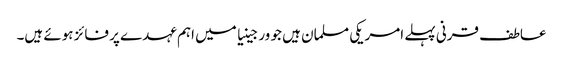
عاطف قرنی پہلے امریکی مسلمان ہیں جو ورجینیا میں اہم عہدے پر فائز ہوئے ہیں۔